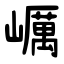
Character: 巁